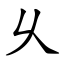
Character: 乆